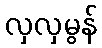
လှလှမွန်